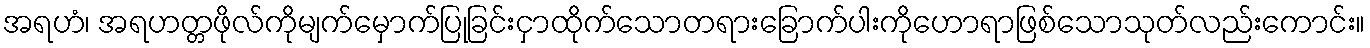
အရဟံ၊ အရဟတ္တဖိုလ်ကိုမျက်မှောက်ပြုခြင်းငှာထိုက်သောတရားခြောက်ပါးကိုဟောရာဖြစ်သောသုတ်လည်းကောင်း။